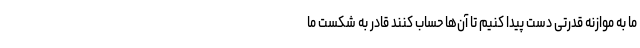
ما به موازنه قدرتی دست پیدا کنیم تا آن‌ها حساب کنند قادر به شکست ما